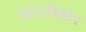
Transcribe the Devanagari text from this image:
पारलोफोन